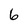
Character: 6